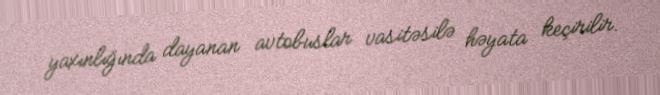
yaxınlığında dayanan avtobuslar vasitəsilə həyata keçirilir.